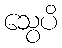
သွေပိ